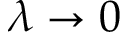
\lambda \rightarrow 0